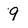
Character: 9